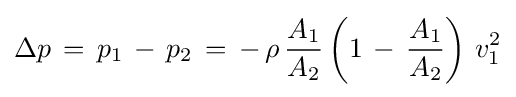
\Delta p\,=\,p_{1}\,-\,p_{2}\,=\,-\,\rho \,{\frac {A_{1}}{A_{2}}}\left(1\,-\,{\frac {A_{1}}{A_{2}}}\right)\,v_{1}^{2}